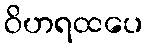
ဝိဟရထပေ